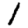
Digit: 1